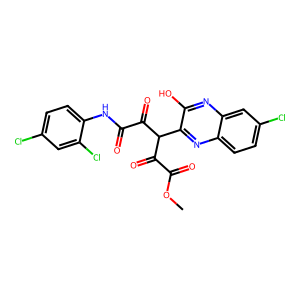
SMILES: COC(=O)C(=O)C(C(=O)C(=O)Nc1ccc(Cl)cc1Cl)c1nc2ccc(Cl)cc2nc1O
Inhibits HIV replication: No